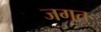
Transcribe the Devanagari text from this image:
जगृत